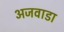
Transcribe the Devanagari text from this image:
अजवाडा